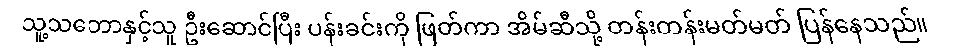
သူ့သဘောနှင့်သူ ဦးဆောင်ပြီး ပန်းခင်းကို ဖြတ်ကာ အိမ်ဆီသို့ တန်းတန်းမတ်မတ် ပြန်နေသည်။